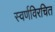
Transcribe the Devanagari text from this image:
स्वर्णविरचित